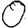
Digit: 0